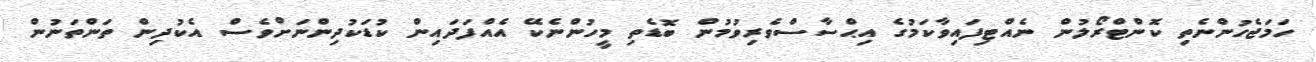
ހަމަޖެހުންނެތި ކޮންޓްރޯލުން ނެއްޓިފައިވާކަމުގެ އިޙްސާސްވެރިވުމުން ބޮޑެތި މީހުންނެކޭ އެއްފަދައިން ކުޑަކުދިންނަށްވެސް އެކުދިން ތަންތަނުން